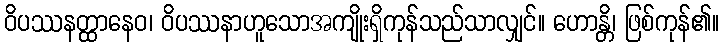
ဝိပဿနတ္ထာနေဝ၊ ဝိပဿနာဟူသောအကျိုးရှိကုန်သည်သာလျှင်။ ဟောန္တိ၊ ဖြစ်ကုန်၏။